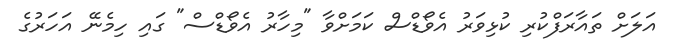
އަލަށް ތައާރަފްކުރި ކުޅިވަރު އެވޯޑްސް ކަމަށްވާ "މިހާރު އެވޯޑްސް" ގައި ހިމެނޭ އަހަރުގެ